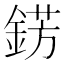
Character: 錺